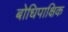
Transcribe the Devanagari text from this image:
बोधिपाक्षिक